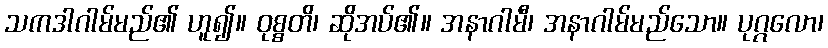
သကဒါဂါမ်မည်၏ ဟူ၍။ ဝုစ္စတိ၊ ဆိုအပ်၏။ အနာဂါမီ၊ အနာဂါမ်မည်သော။ ပုဂ္ဂလော၊